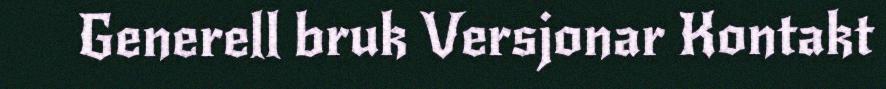
Generell bruk Versjonar Kontakt